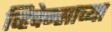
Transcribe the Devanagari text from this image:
व्हिचेन्साच्या